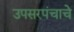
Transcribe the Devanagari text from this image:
उपसरपंचाचे